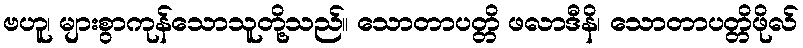
ဗဟူ၊ များစွာကုန်သောသူတို့သည်။ သောတာပတ္တိ ဖလာဒီနိ၊ သောတာပတ္တိဖိုလ်